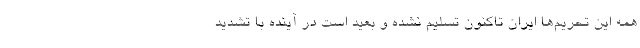
همه این تحریم‌ها ایران تاکنون تسلیم نشده و بعید است در آینده با تشدید